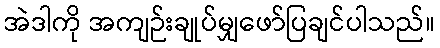
အဲဒါကို အကျဉ်းချုပ်မျှဖော်ပြချင်ပါသည်။